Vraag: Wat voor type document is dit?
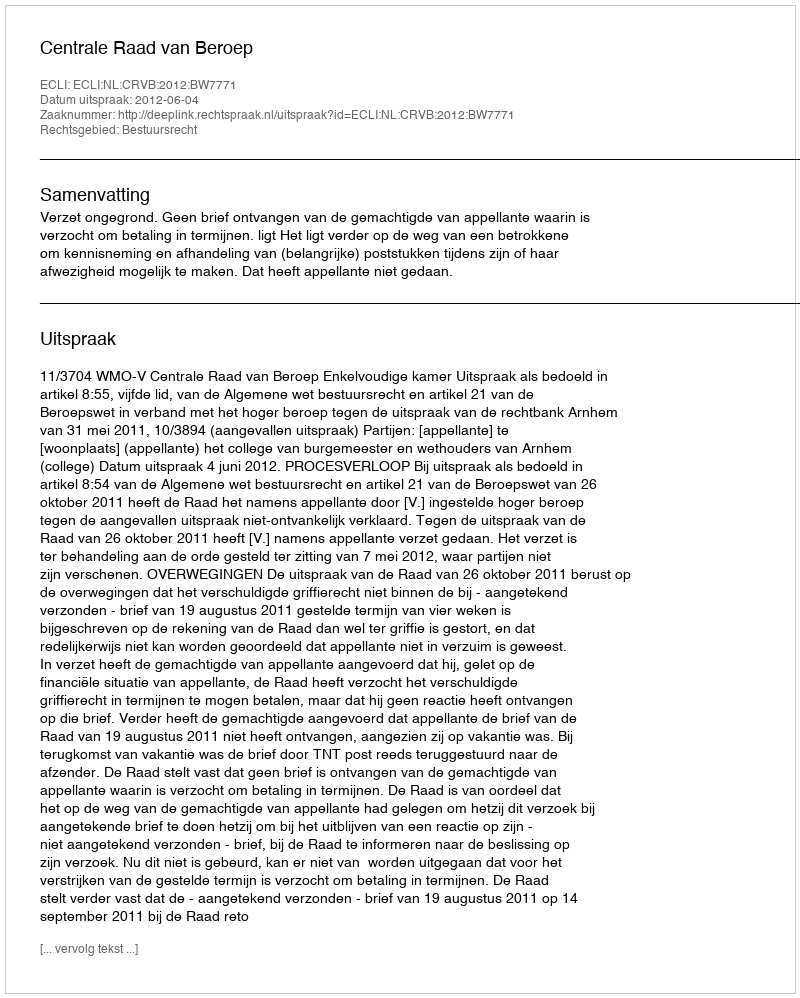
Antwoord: Uitspraak